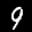
Label: 9